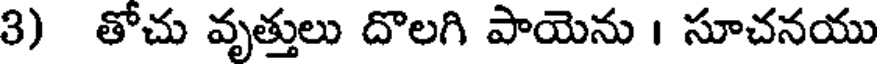
3) తోచు వృత్తులు దొలగి పాయెను । సూచనయు